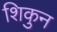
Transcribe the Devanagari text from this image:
शिकुन